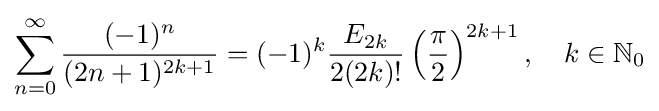
\sum _{n=0}^{\infty }{\frac {(-1)^{n}}{(2n+1)^{2k+1}}}=(-1)^{k}{\frac {E_{2k}}{2(2k)!}}\left({\frac {\pi }{2}}\right)^{2k+1},\quad k\in \mathbb {N} _{0}